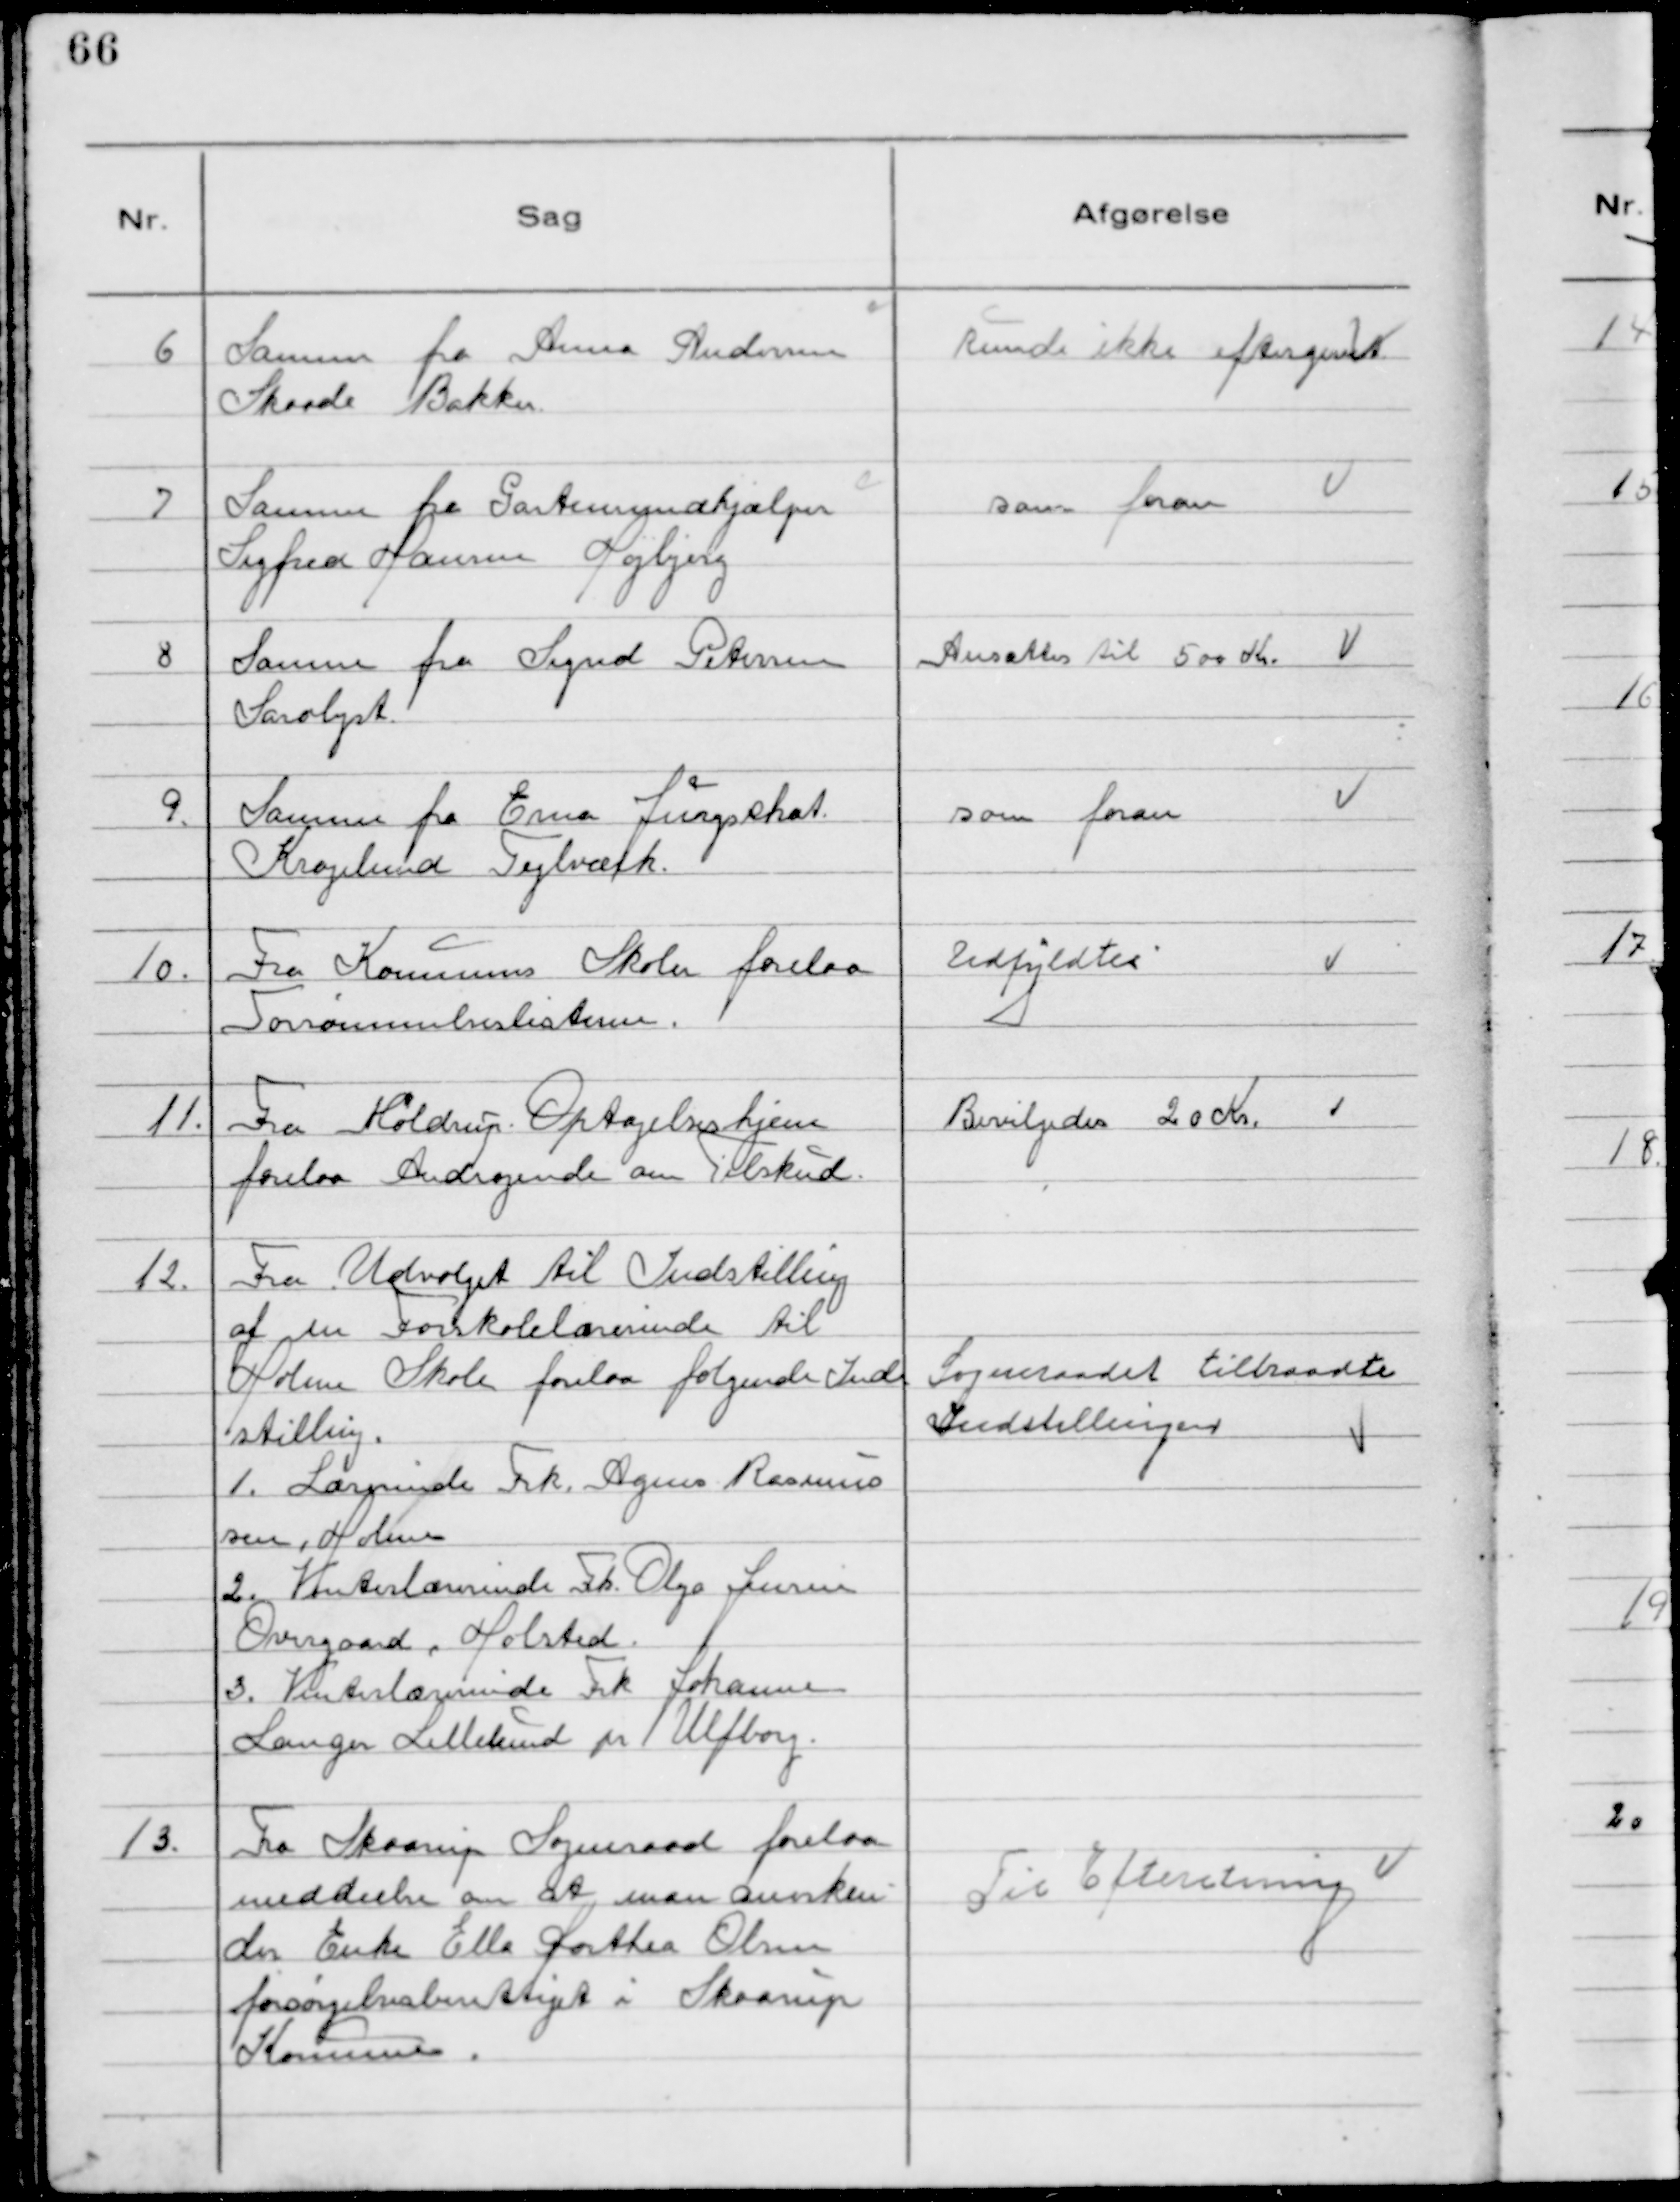
Transskription:
6 Samme fra Anna Andersen
Skaade Bakker

Kunde ikke eftergives

7 Samme fra Gartnermedhjælper
Sigfred Hansen Højbjerg

som foran

8 Samme fra Sigrid Petersen
Saralyst

Ansattes til 500 Kr.

9. Samme fra Erna Jurgshat.
Kragelund Teglværk.

som foran

10. Fra Kommunens Skoler forelaa
Forsømmelseslisterne.

Udfyldtes

11. Fra Moldrup Optagelseshjem
forelaa Andragende om Tilskud.

Bevilgedes 20 Kr.

12. Fra Udvalget til Indstilling
af en Folkeskolelærerinde til
Holme Skole forelaa følgende Ind
stilling.
1. Lærerinde Frk. Agnes Rasmus
sen, Holme.
2. Vinterlærerinde Fk. Olga Jensen
Overgaard, Holsted.
3. Vinterlærerinde Frk Johanne
Langer Lillelund pr Ulfborg.

Sogneraadet tiltraadte
Indstillingen

13. Fra Skaarup Sogneraad forelaa
meddeelse om at man anerken
der Enke Ella Dorthea Olsen
forsørgelsesberettiget i Skaarup
Kommune.

Til Efteretning